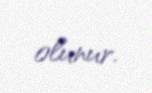
olunur.